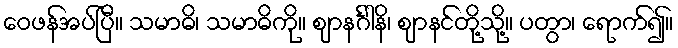
ဝေဖန်အပ်ပြီ။ သမာဓိ၊ သမာဓိကို။ ဈာနင်္ဂါနိ၊ ဈာနင်တို့သို့။ ပတွာ၊ ရောက်၍။